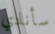
سأنادي